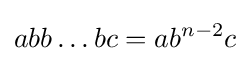
abb\dots bc=ab^{n-2}c